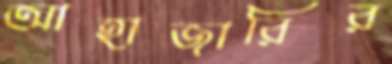
আহাজারির